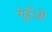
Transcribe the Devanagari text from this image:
गेहूँओं